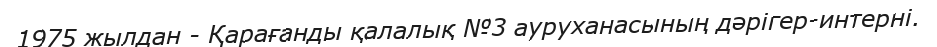
1975 жылдан - Қарағанды қалалық №3 ауруханасының дәрігер-интерні.